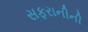
સફરાનીની